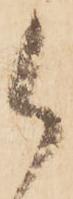
候